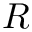
R